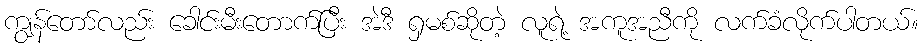
ကျွန်တော်လည်း ခေါင်းမီးတောက်ပြီး အဲဒီ ရှမစ်ဆိုတဲ့ လူရဲ့ အကူအညီကို လက်ခံလိုက်ပါတယ်။